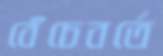
বেঁচেবর্তে